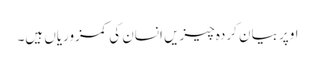
اوپر بیان کردہ چیزیں انسان کی کمزوریاں ہیں۔